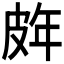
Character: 𭽨